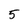
Character: 5